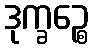
ဒုက္ခဉ္စေ